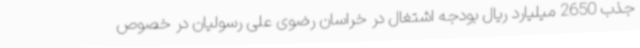
جذب 2650 میلیارد ریال بودجه اشتغال در خراسان رضوی علی رسولیان در خصوص